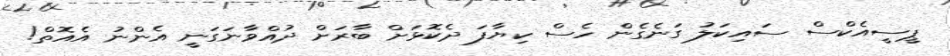
ޕީސީއެކްސް ސައިކަލު ގަނެގެން ހެސް ކިޔާފަ ދެކޮޅަށް ބާރަށް ދުއްވާނަގަނީ އެންނު އެއޮތް!